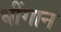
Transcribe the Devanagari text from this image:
धींगान